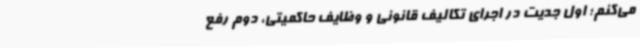
می‌کنم؛ اول جدیت در اجرای تکالیف قانونی و وظایف حاکمیتی، دوم رفع